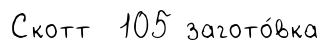
Скотт 105 загото́вка